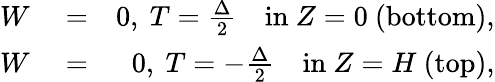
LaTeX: \begin{array}{rlr}{W}&{{}=}&{0,\ T=\frac{\Delta}{2}\quad\textrm{in}\ Z=0\ (\textrm{bottom}),}\\ {W}&{{}=}&{0,\ T=-\frac{\Delta}{2}\quad\textrm{in}\ Z=H\ (\textrm{top}),}\end{array}